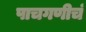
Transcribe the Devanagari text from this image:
पाचगणीचं